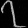
Digit: ၇